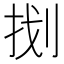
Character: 𭠤